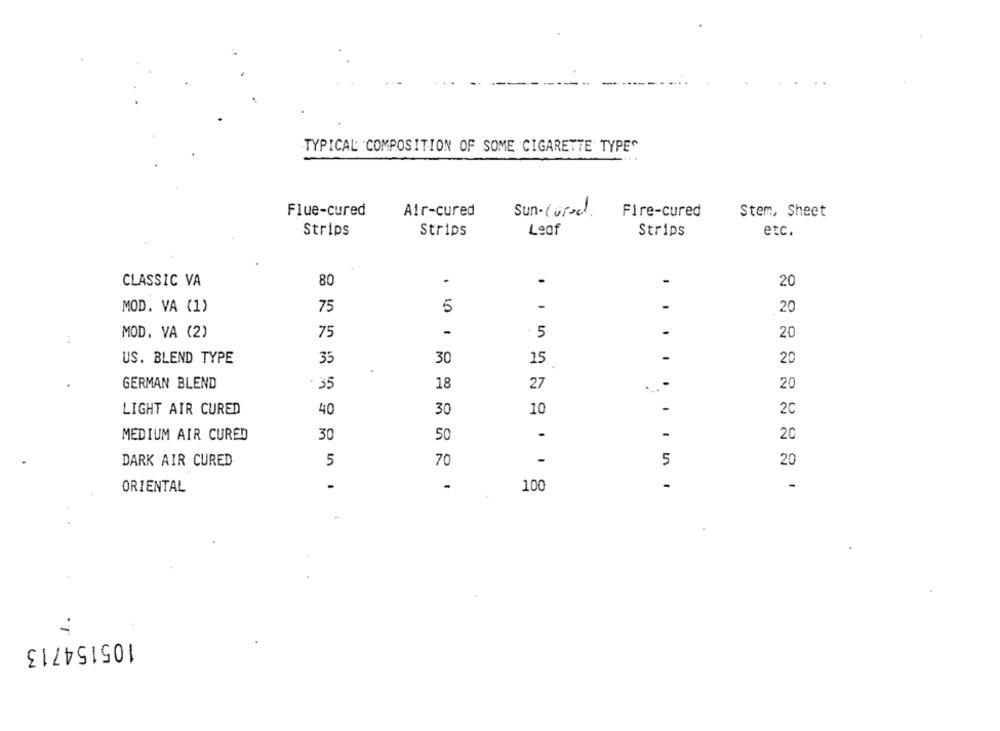
TYPICAL COMPOSITION OF SOME CIGARETTE TYPE"
Flue-cured
Air-cured
Sun-(und).
Fire-cured
Stem, Sheet
Strips
Strips
Leaf
Strips
etc.
CLASSIC VA
80
-
-
20
-
MOD. VA (1)
75
5
..
20
MOD. VA (2)
75
-
. 5
-
20
-
US. BLEND TYPE
35
30
15
20
GERMAN BLEND
35
18
27
20
LIGHT AIR CURED
40
10
-
30
2C
MEDIUM AIR CURED
30
50
-
-
20
70
-
5
DARK AIR CURED
5
20
ORIENTAL
-
100
-
-
105154713